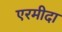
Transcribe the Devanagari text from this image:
एरमीदा